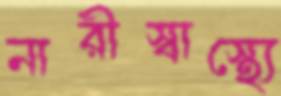
নারীস্বাস্থ্যে